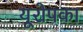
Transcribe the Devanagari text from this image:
यूरोपका